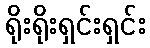
ရိုးရိုးရှင်းရှင်း